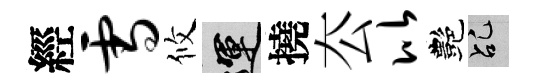
經雪攸運撓厺比艷乩